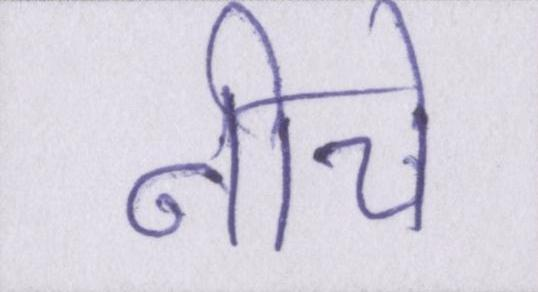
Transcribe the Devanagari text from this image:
नीचे